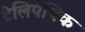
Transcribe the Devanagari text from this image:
टेलिपेथिक